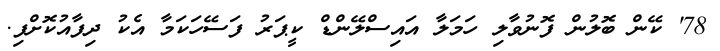
78' ކޭން ބޮލުން ފޮނުވާލި ހަމަލާ އައިސްލޭންޑް ކީޕަރު ފަސޭހަކަމާ އެކު ދިފާއުކޮށްފި.